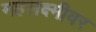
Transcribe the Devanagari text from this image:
महलक्ष्मीवर